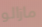
مازالو